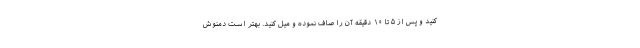
کنید و پس از ۵ تا ۱۰ دقیقه آن را صاف نموده و میل کنید. بهتر است دمنوش